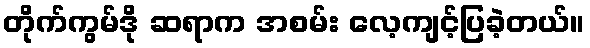
တိုက်ကွမ်ဒို ဆရာက အစမ်း လေ့ကျင့်ပြခဲ့တယ်။